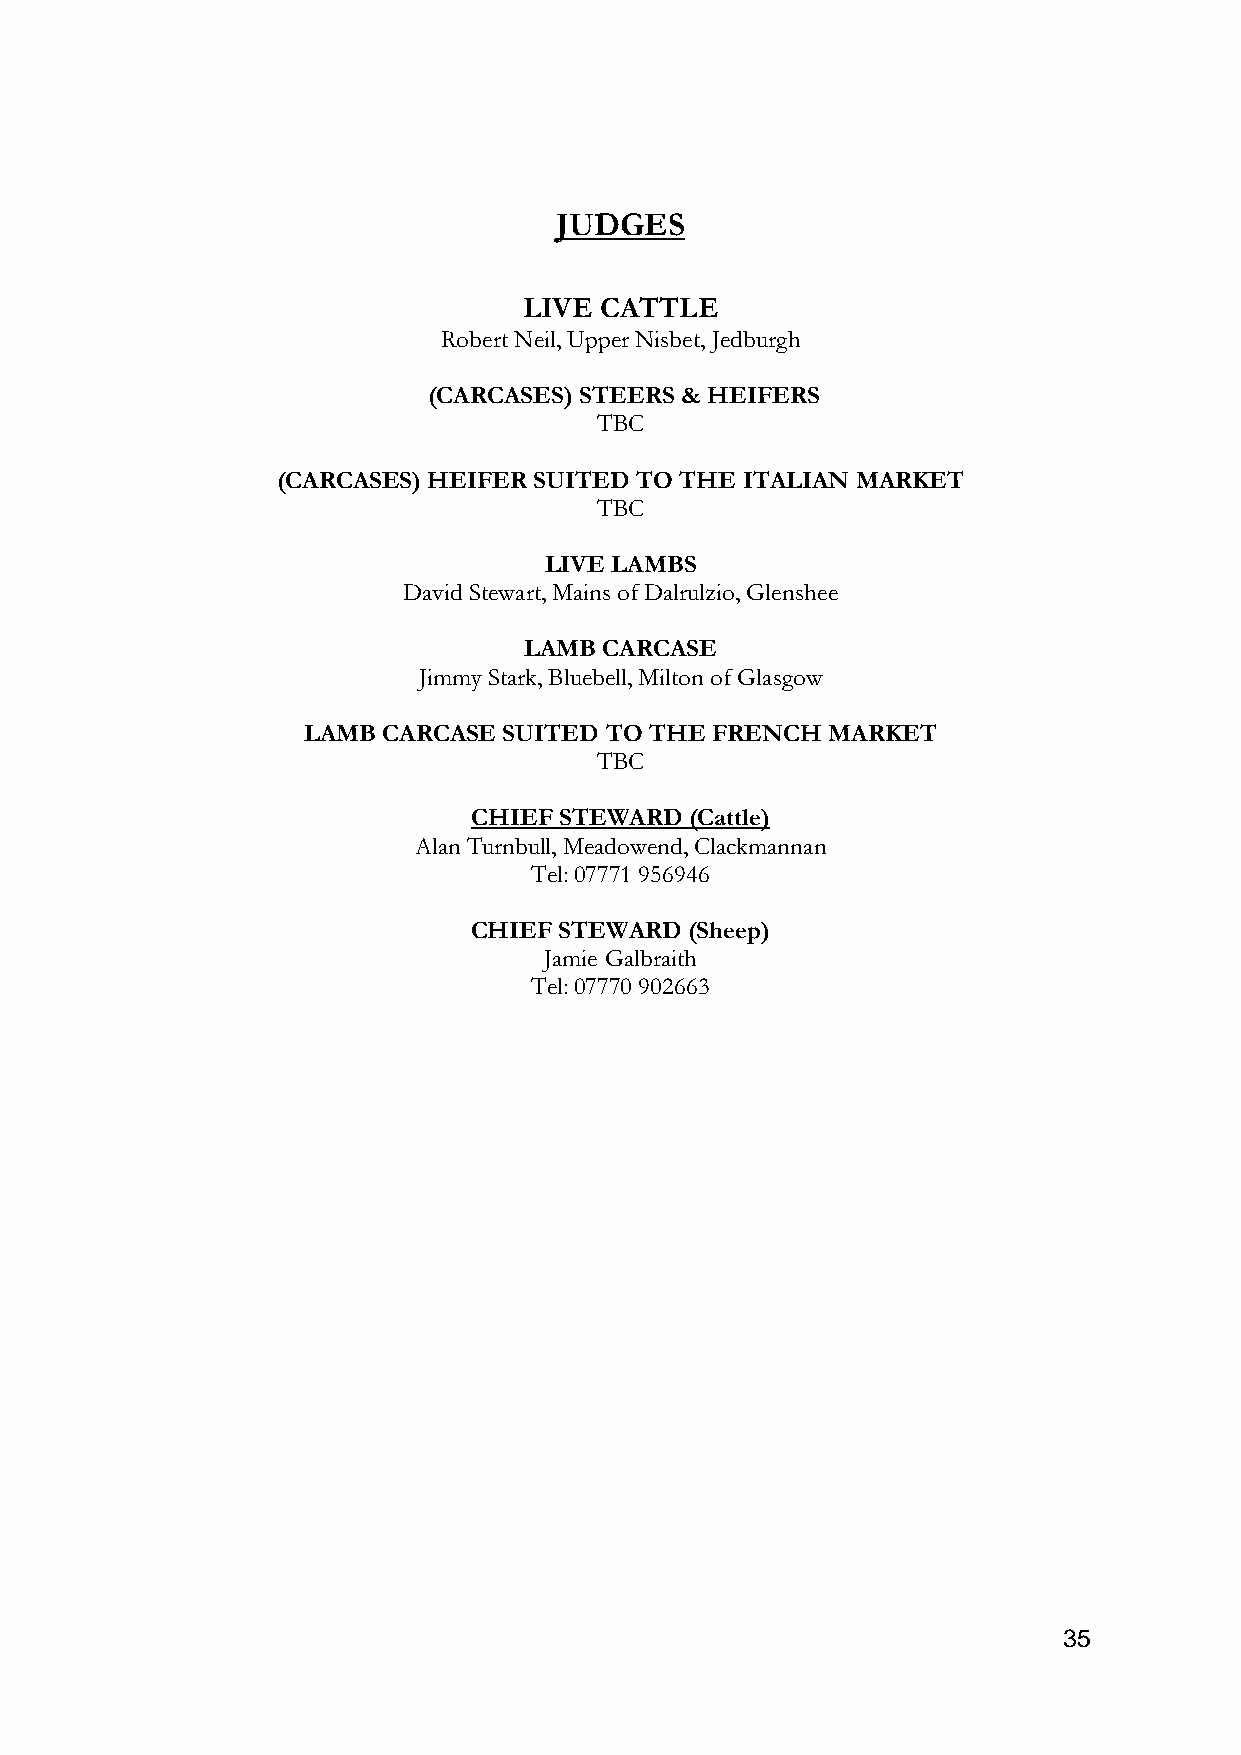
JUDGES
 LIVE CATTLE
 Robert Neil, Upper Nisbet, Jedburgh
 (CARCASES) STEERS & HEIFERS
 TBC
 (CARCASES) HEIFER SUITED TO THE ITALIAN MARKET
 TBC
 LIVE LAMBS
 David Stewart, Mains of Dalrulzio, Glenshee
 LAMB CARCASE
 Jimmy Stark, Bluebell, Milton of Glasgow
 LAMB CARCASE SUITED TO THE FRENCH  MARKET
 TBC
 CHIEF STEWARD  (Cattle)
 Alan Turnbull, Meadowend, Clackmannan
 Tel: 07771 956946
 CHIEF STEWARD  (Sheep)
 Jamie Galbraith
 Tel: 07770 902663
 35